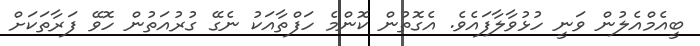
ބީއެމްއެލުން ވަނީ ހުޅުވާލާފައެވެ. އެގޮތުން ކޮންމެ ހަފްތާއަކު ނެގޭ ގުރުއަތުން ހޮވޭ ފަރާތަކަށް